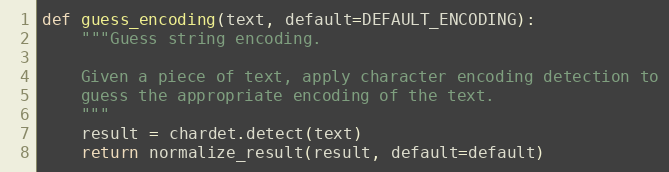
Language: Python
def guess_encoding(text, default=DEFAULT_ENCODING):
    """Guess string encoding.

    Given a piece of text, apply character encoding detection to
    guess the appropriate encoding of the text.
    """
    result = chardet.detect(text)
    return normalize_result(result, default=default)